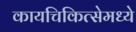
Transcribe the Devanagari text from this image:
कायचिकित्सेमध्ये